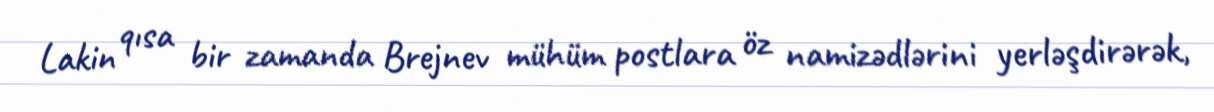
Lakin qısa bir zamanda Brejnev mühüm postlara öz namizədlərini yerləşdirərək,